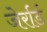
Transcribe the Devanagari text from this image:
जेर्रार्ड